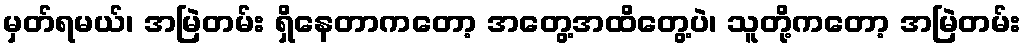
မှတ်ရမယ်၊ အမြဲတမ်း ရှိနေတာကတော့ အတွေ့အထိတွေ့ပဲ၊ သူတို့ကတော့ အမြဲတမ်း